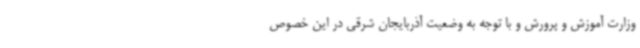
وزارت آموزش و پرورش و با توجه به وضعیت آذربایجان شرقی در این خصوص